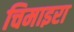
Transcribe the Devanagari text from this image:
चिमाइरा